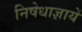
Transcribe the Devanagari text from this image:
निषेधाज्ञायें